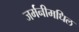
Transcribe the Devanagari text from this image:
जर्मनीमधिल